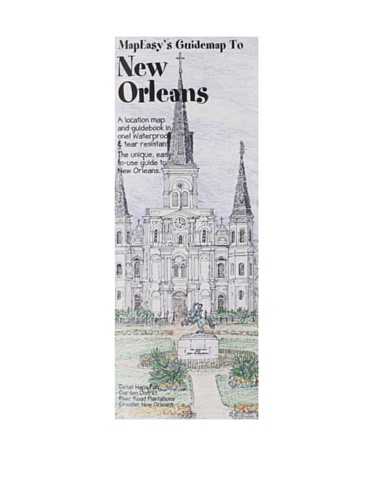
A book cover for MapEasy's Guidemap to New Orleans; MapEasy; Travel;